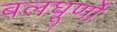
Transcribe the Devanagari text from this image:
बलघूर्णो